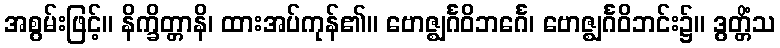
အစွမ်းဖြင့်။ နိက္ခိတ္တာနိ၊ ထားအပ်ကုန်၏။ ဗောဇ္ဈင်္ဂဝိဘင်္ဂေ၊ ဗောဇ္ဈင်္ဂဝိဘင်း၌။ ဒွတ္တိံသ